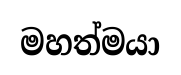
මහත්මයා